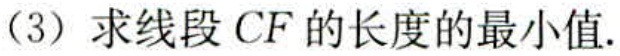
(3) 求线段 \(CF\) 的长度的最小值.